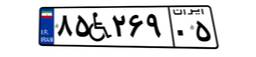
۸۴W۸۵۳۰۲